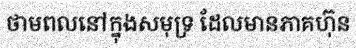
ថាមពលនៅក្នុងសមុទ្រ ដែលមានភាគហ៊ុន